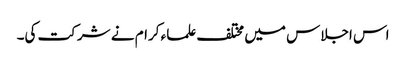
اس اجلاس میں مختلف علماء کرام نے شرکت کی۔